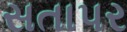
સતાપર